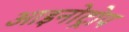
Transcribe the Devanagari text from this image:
आइनोट्रोप